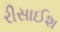
રીસાઈશ